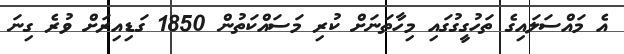
އެ މައްސަލައިގެ ތަހުގީގުގައި މިހާތަނަށް ކުރި މަސައްކަތުން 1850 ގަޑިއިރަށް ވުރެ ގިނަ